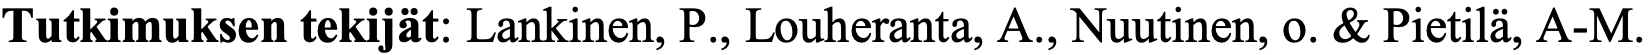
Tutkimuksen tekijät: Lankinen, P., Louheranta, A., Nuutinen, o. & Pietilä, A-M.